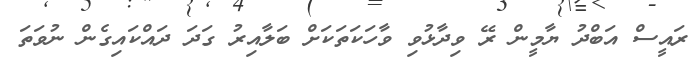
ރައީސް އަބްދު ޔާމީން ރޭ ވިދާޅުވި ވާހަކަތަކަށް ބަލާއިރު ގަދަ ދައްކައިގެން ނުވަތަ